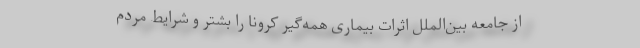
از جامعه بین‌الملل اثرات بیماری همه‌گیر کرونا را بشتر و شرایط مردم